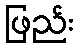
ဖြည်း